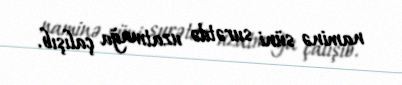
naminə süni surətdə uzatmağa çalışıb.